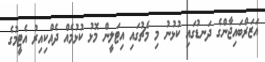
އަޒަރްބައިޖާންގެ ދަނޑުގައި ކުޅުނު މި މެޗުގައި އިޓަލީން މޮޅު ކުޅުމެއް ދެއްކިއިރު އެޓީމުގެ